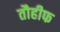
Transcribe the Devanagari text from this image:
तौहीफ